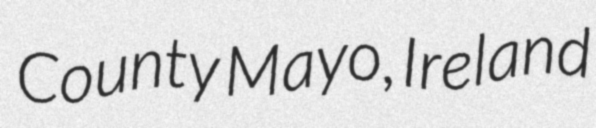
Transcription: County Mayo, Ireland